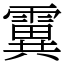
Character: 霬